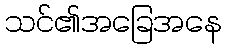
သင်၏အခြေအနေ